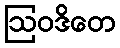
ဩဝဒိတေ